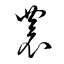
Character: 農